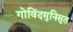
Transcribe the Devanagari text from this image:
गोविंदमुनिसुत